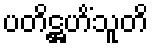
ပတိဋ္ဌဟိံသူတိ